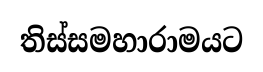
තිස්සමහාරාමයට